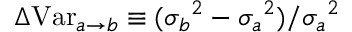
\Delta \mathrm { V a r } _ { a \rightarrow b } \equiv ( { \sigma _ { b } } ^ { 2 } - { \sigma _ { a } } ^ { 2 } ) / { \sigma _ { a } } ^ { 2 }